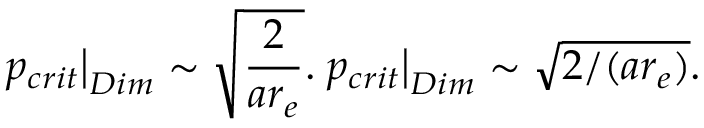
\left. p _ { c r i t } \right| _ { D i m } \sim \sqrt { \frac { 2 } { a r _ { e } } } . \left. p _ { c r i t } \right| _ { D i m } \sim \sqrt { 2 / ( { a r _ { e } } ) } .